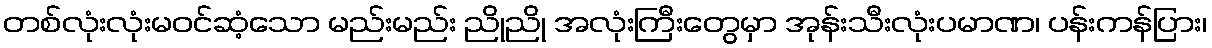
တစ်လုံးလုံးမဝင်ဆံ့သော မည်းမည်း ညိုညို အလုံးကြီးတွေမှာ အုန်းသီးလုံးပမာဏ၊ ပန်းကန်ပြား၊